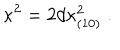
LaTeX: \kappa ^ { 2 } = 2 d \kappa _ { ( 1 0 ) } ^ { 2 } \; .